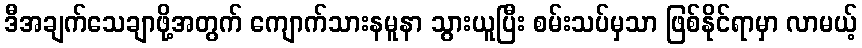
ဒီအချက်သေချာဖို့အတွက် ကျောက်သားနမူနာ သွားယူပြီး စမ်းသပ်မှသာ ဖြစ်နိုင်ရာမှာ လာမယ့်